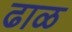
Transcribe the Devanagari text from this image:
ढाळ